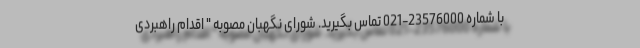
با شماره 23576000-021 تماس بگیرید. شورای نگهبان مصوبه " اقدام راهبردی